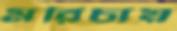
মরিচায়